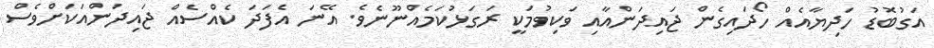
އަގުބޮޑު ހަދިޔާއެއް ހޯދައިގެން ޖައިދަންއާއި ވަކިވުމަކީ ރަގަޅުކަމެއްނޫނެވެ. އޭނަ އެފަދަ ކެއްސެއް ޖައިދަންއަކަށްވެސް